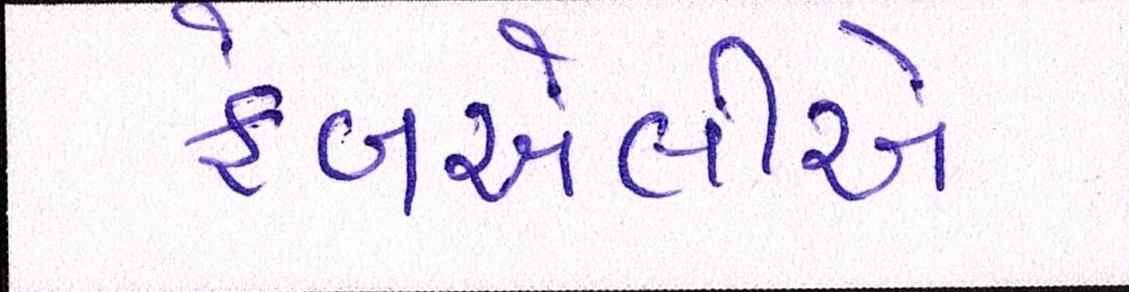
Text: ફેબએલીએ